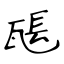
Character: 𤭖